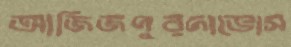
আজিজপুরদাভোস